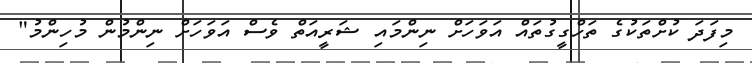
މިފަދަ ކުށްތަކުގެ ތަހްގީގުތައް އަވަހަށް ނިންމައި ޝަރީއަތް ވެސް އަވަހަށް ނިންމުން މުހިންމު"